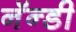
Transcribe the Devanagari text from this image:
नॅन्डी